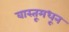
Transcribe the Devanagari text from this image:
वास्तूमधून